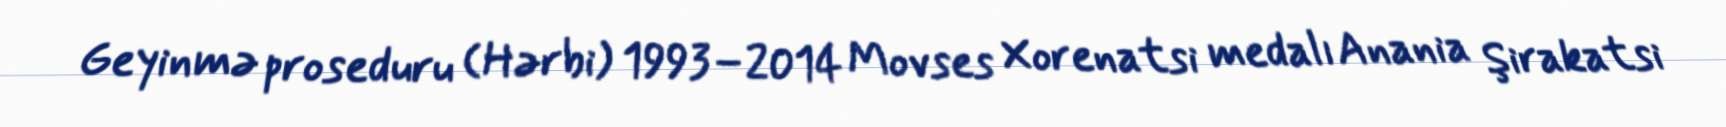
Geyinmə proseduru (Hərbi) 1993–2014 Movses Xorenatsi medalı Anania Şirakatsi